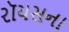
રૉયસના